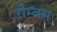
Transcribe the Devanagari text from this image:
रोम्बस